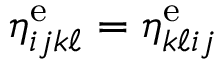
\eta _ { i j k \ell } ^ { \mathrm { e } } = \eta _ { k \ell i j } ^ { \mathrm { e } }